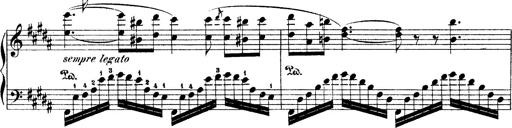
Title: Illustrations de l'opÃ©ra L'Africaine
Composer: Franz Liszt